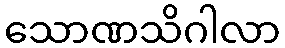
သောဏသိဂါလာ